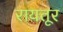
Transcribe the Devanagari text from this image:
रायतूर